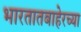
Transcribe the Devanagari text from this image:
भारतातबाहेरच्या